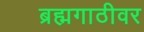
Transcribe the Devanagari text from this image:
ब्रह्मगाठीवर